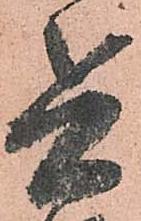
兵